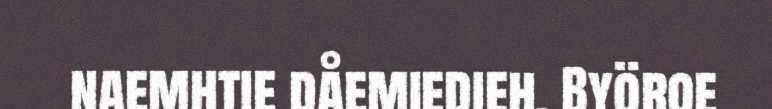
naemhtie dåemiedieh. Byöroe